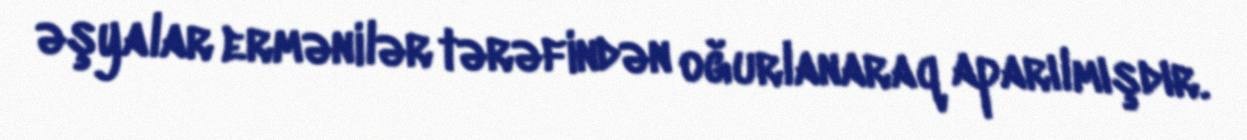
əşyalar ermənilər tərəfindən oğurlanaraq aparılmışdır.